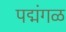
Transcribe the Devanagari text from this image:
पद्मंगळ